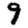
Digit: 9